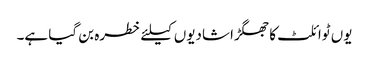
یوں ٹوائلٹ کا جھگڑا شادیوں کیلئے خطرہ بن گیا ہے۔